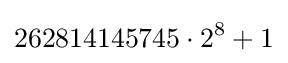
262814145745\cdot 2^{8}+1